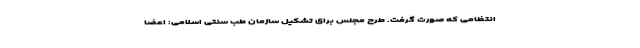
انتظامی که صورت گرفت. طرح مجلس برای تشکیل سازمان طب سنتی اسلامی: اعضا